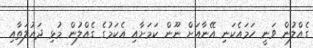
ގެއްލުން ވަނީ ހަމައެކަނި އޭނާއަށް ނޫން ކަމަށާއި އެކަމުގެ ގެއްލުން މުޅި ދައުލަތާއި